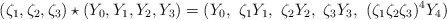
\begin{align*} (\zeta_1, \zeta_2, \zeta_3) \star (Y_0, Y_1, Y_2, Y_3) = ( Y_0, \ \zeta_1 Y_1, \ \zeta_2 Y_2, \ \zeta_3 Y_3, \ (\zeta_1 \zeta_2 \zeta_3)^{4} Y_4 ) \end{align*}